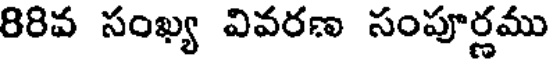
88వ సంఖ్య వివరణ సంపూర్ణము